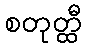
စတုတ္ထီ